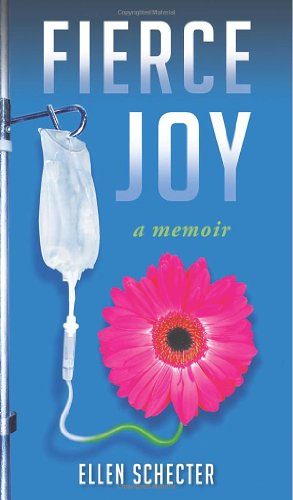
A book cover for Fierce Joy; Ellen Schecter; Health, Fitness & Dieting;